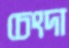
চেংদা